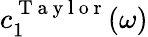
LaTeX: c_{1}^{\mathrm{~T~a~y~l~o~r~}}(\omega)